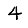
Digit: 4